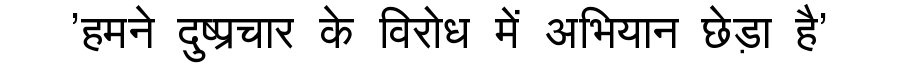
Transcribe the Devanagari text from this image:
'हमने दुष्प्रचार के विरोध में अभियान छेड़ा है'